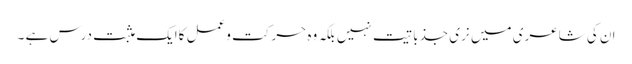
ان کی شاعری میں نری جذباتیت نہیں بلکہ وہ حرکت وعمل کاایک مثبت درس ہے ۔